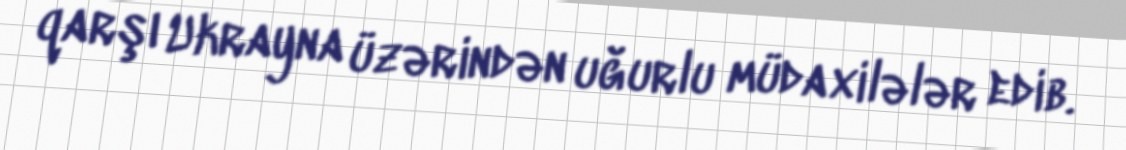
qarşı Ukrayna üzərindən uğurlu müdaxilələr edib.